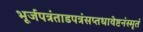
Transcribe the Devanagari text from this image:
भूर्जपत्रंताडपत्रंसप्तधावेष्टनंस्मृतं